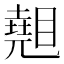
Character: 𥋈